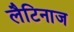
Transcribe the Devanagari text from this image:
लैटिनाज